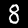
Digit: 8